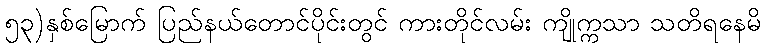
၅၃)နှစ်မြောက် ပြည်နယ်တောင်ပိုင်းတွင် ကားတိုင်လမ်း ကျိုက္ကသာ သတိရနေမိ